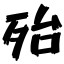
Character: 殆